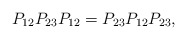
\begin{align*}P_{12} P_{23} P_{12} = P_{23} P_{12} P_{23}, \end{align*}